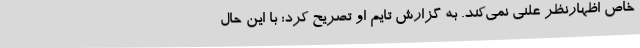
خاص اظهارنظر علنی نمی‌کند. به گزارش تایم او تصریح کرد: با این حال